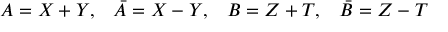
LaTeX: A = X + Y , \; \; \; \bar { A } = X - Y , \; \; \; B = Z + T , \; \; \; \bar { B } = Z - T